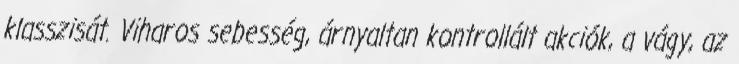
klasszisát. Viharos sebesség, árnyaltan kontrollált akciók, a vágy, az